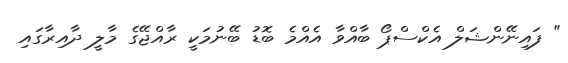
" ފައިނޭންޝަލް އެކްސްޕޯ ބާއްވާ އެއްމެ ބޮޑު ބޭނުމަކީ ރާއްޖޭގެ މާލީ ދާއިރާގައި